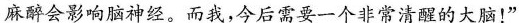
麻醉会影响脑神经。而我，今后需要一个非常清醒的大脑！”